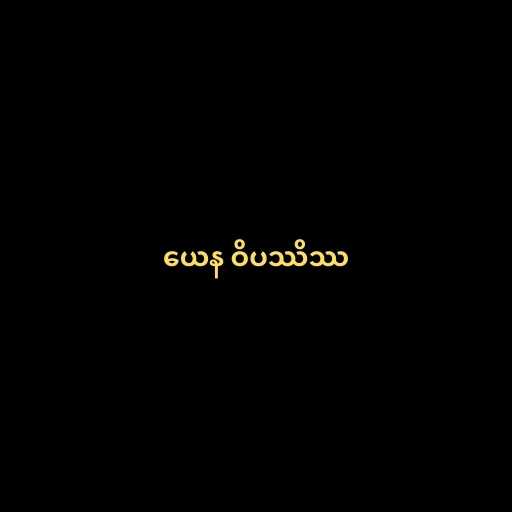
ယေန ဝိပဿိဿ